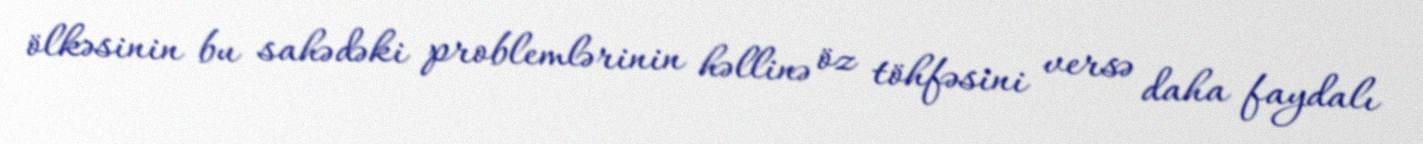
ölkəsinin bu sahədəki problemlərinin həllinə öz töhfəsini versə daha faydalı